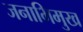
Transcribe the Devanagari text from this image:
जनाभिमुख